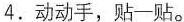
4.动动手，贴一贴。